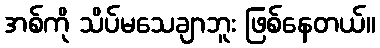
အစ်ကို သိပ်မသေချာဘူး ဖြစ်နေတယ်။